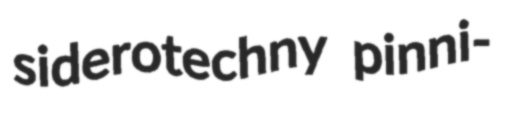
siderotechny pinni-